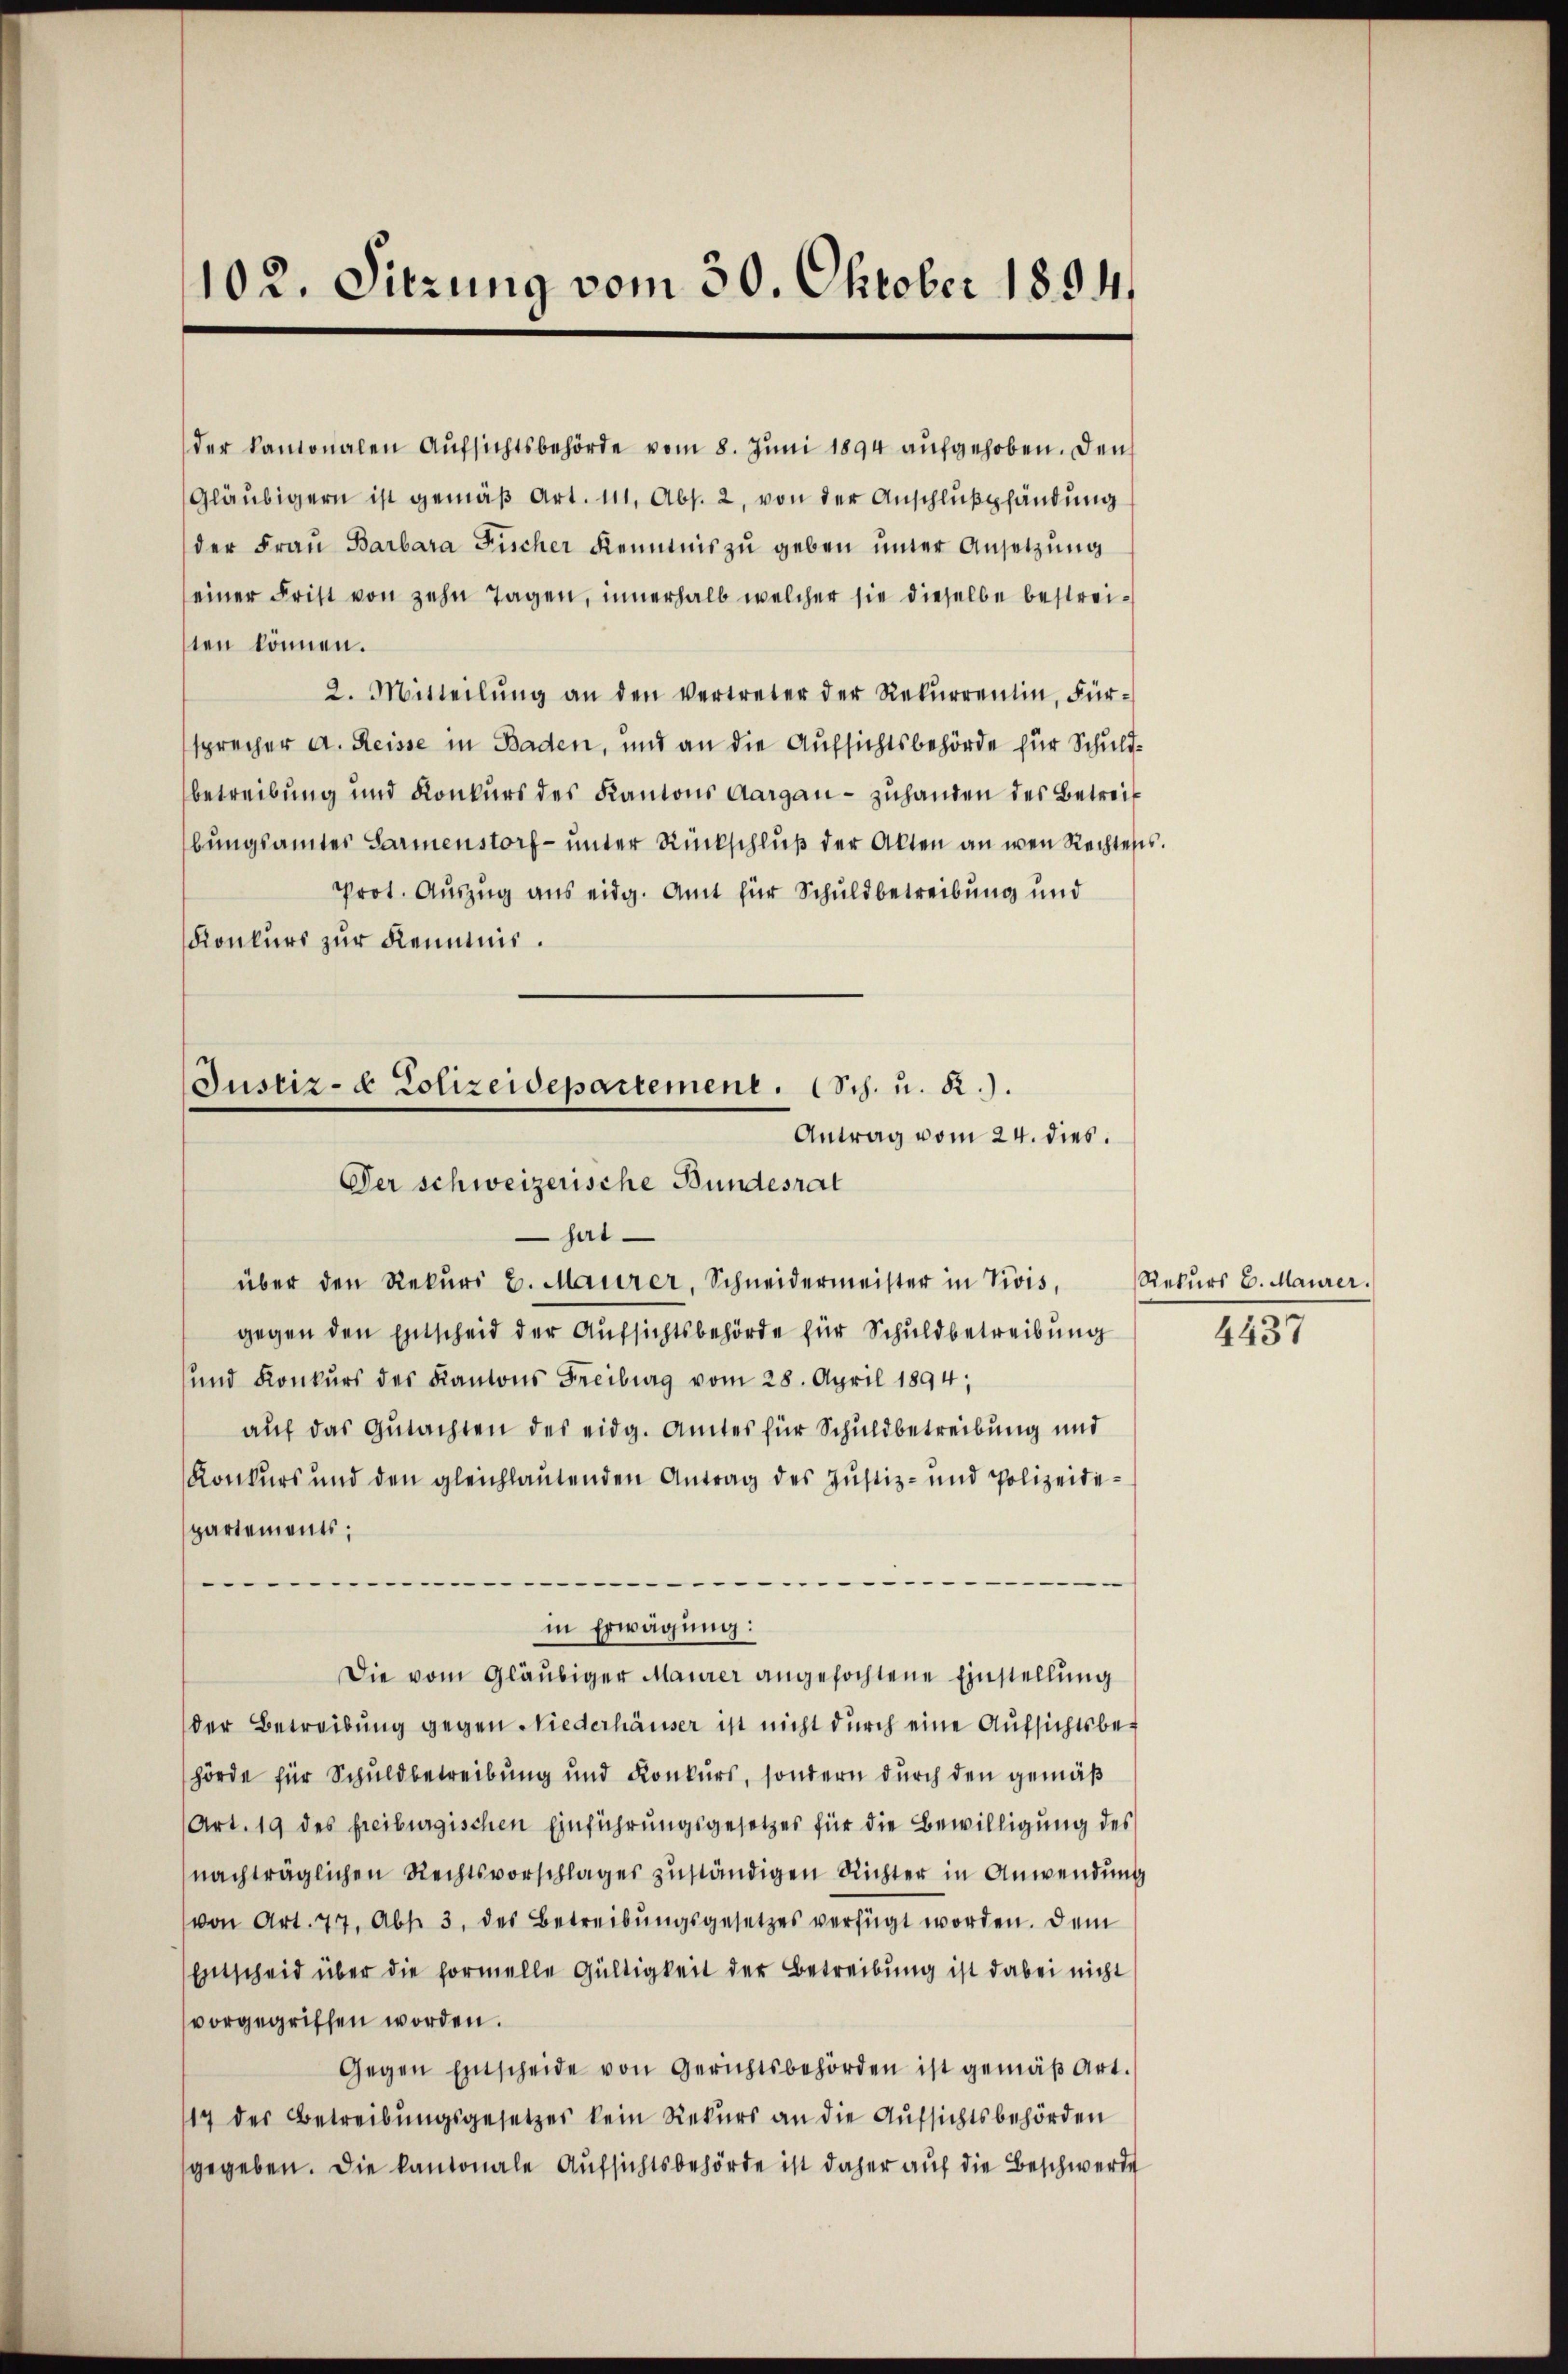
102. Sitzung vom 30. Oktober 1894.

der kantonalen Aufsichtsbehörde vom 8. Juni 1894 aufgehoben. Den
Gläubigern ist gemäß Art. 111, Abs. 2, von der Anschlußpfändung
der Frau Barbara Fischer Kenntnis zu geben unter Ansetzung
einer Frist von zehn Tagen, innerhalb welcher sie dieselbe bestreisten können.
2. Mitteilŭng an den Vertreter der Rekŭrrentin, Für-
sprecher a. Reisse in Baden, und an die Aufsichtsbehörde für Schuldbetreibung und Konkurs des Kantons Aargau - zuhanden des Betreif
bŭngsamtes Sarmenstorf- unter Rückschluß der Akten an wen Rechtess.
Prot. Auszug aus eidg. Amt für Schuldbetreibung und
Konkurs zur Kenntnis.

Justiz- & Polizeidepartement. (Sch. u. R.).
Antrag vom 24. dies.
Der schweizerische Bundesrat
hat.
über den Rekurs u. Maurer, Schneidermeister in Vivis,

gegen den Entscheid der Aufsichtsbehörde für Schuldbetreibung
und Konkurs des Kantons Freiburg vom 28. April 1894,
auf das Gutachten des eidg. Amtes für Schuldbetreibung und
Konkurs und den gleichlautenden Antrag des Justiz- und Polizeitepartements;
.
in Erwägung:
Die vom Gläubiger Maurer angefochtene Einstellung
der Betreibung gegen Niederhäuser ist nicht durch eine Aufsichtsbehörde für Schuldbetreibung und Konkurs, sondern durch den gemäß
(Art. 19 des freiburgischen Einführungsgesetzes für die Bewilligung des
(nachträglichen Rechtsvorschlages zuständigen Richter in Anwendung
von Art. 77. Abs. 3. des Betreibungsgesetzes verfügt worden. Dem
Entscheid über die formelle Gültigkeit der Betreibung ist dabei nicht
vorgegriffen worden.
Gegen Entscheide von Gerichtsbehörden ist gemäβ Art.
17 der Betreibungsgesetzes kein Rekurs an die Aufsichtsbehörden
gegeben. Die kantonale Aufsichtsbehörde ist daher auf die Beschwerde

Rekurs E. Maurer.
4437